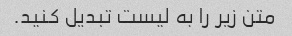
متن زیر را به لیست تبدیل کنید.